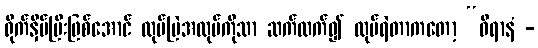
ရိုက်နှိပ်ပြီးဖြစ်အောင် လုပ်မြဲအလုပ်ကိုသာ ဆက်လက်၍ လုပ်ရဲတာကတော့ “ဝီရာနံ -